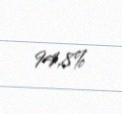
94,8%